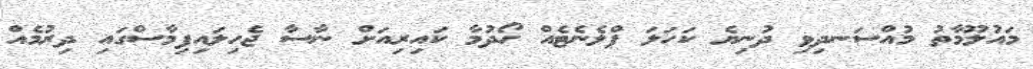
މައުލޫމާތު މުއްސަނދިވި ދުނިޔެ ކަހަލަ ޕްލެނެޓެއް ހޯދުމާ ކައިރިއަށް ނާސާ ޖެހިލައިފިމާސްގައި ދިރުމެއް